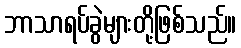
ဘာသာရပ်ခွဲများတို့ဖြစ်သည်။